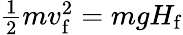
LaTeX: \textstyle{\frac{1}{2}}mv_{\mathrm{f}}^{2}=mgH_{\mathrm{f}}